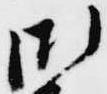
御